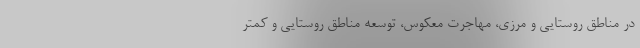
در مناطق روستایی و مرزی، مهاجرت معکوس، توسعه مناطق روستایی و کمتر